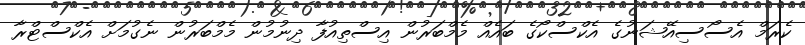
ކެރަމް އެސޯސިއޭޝަނުގެ އެކްސްކޯގެ ބައެއް މެމްބަރުން އިސްތިއުފާ ދިނުމުން މެމްބަރުން ނެގުމަށް އެކްސްޓްރާ